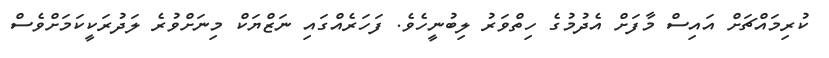
ކުރިމައްޗަށް އައިސް މާފަށް އެދުމުގެ ހިތްވަރު ލިބުނީހެވެ. ފަހަރެއްގައި ނަޒްޔަކް މިނަށްވުރެ ލަދުރަކީކަމަށްވެސް